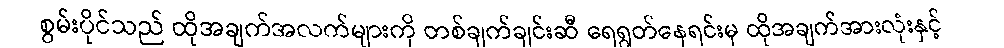
စွမ်းပိုင်သည် ထိုအချက်အလက်များကို တစ်ချက်ချင်းဆီ ရေရွတ်နေရင်းမှ ထိုအချက်အားလုံးနှင့်